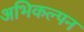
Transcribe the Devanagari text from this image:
अभिकल्‍पन